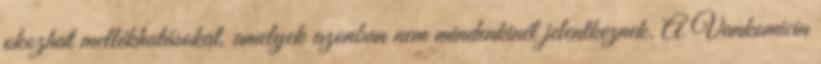
okozhat mellékhatásokat, amelyek azonban nem mindenkinél jelentkeznek. A Vankomicin